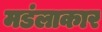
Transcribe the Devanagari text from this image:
मडंलाकार